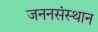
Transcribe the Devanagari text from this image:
जननसंस्थान